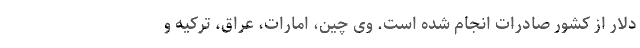
دلار از کشور صادرات انجام شده است. وی چین، امارات، عراق، ترکیه و